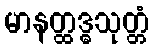
မာနတ္ထဒ္ဓသုတ္တံ